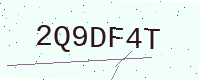
Text: 2Q9DF4T